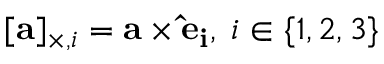
[ \mathbf { a } ] _ { \times , i } = \mathbf { a } \times \mathbf { { \hat { e } } _ { i } } , \; i \in \{ 1 , 2 , 3 \}